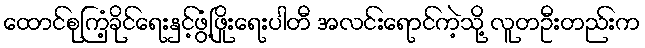
ထောင်စုကြံ့ခိုင်ရေးနှင့်ဖွံ့ဖြိုးရေးပါတီ အလင်းရောင်ကဲ့သို့ လူတဦးတည်းက